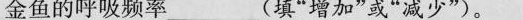
金鱼的呼吸频率___(填”增加”或”减少”)。